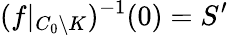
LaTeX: (f|_{C_{0}\backslash K})^{-1}(0)=S^{\prime}